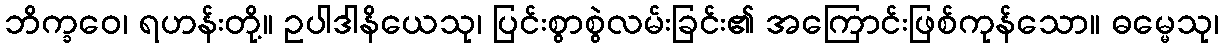
ဘိက္ခဝေ၊ ရဟန်းတို့။ ဥပါဒါနိယေသု၊ ပြင်းစွာစွဲလမ်းခြင်း၏ အကြောင်းဖြစ်ကုန်သော။ ဓမ္မေသု၊